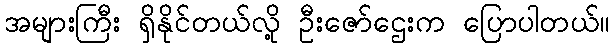
အများကြီး ရှိနိုင်တယ်လို့ ဦးဇော်ဌေးက ပြောပါတယ်။